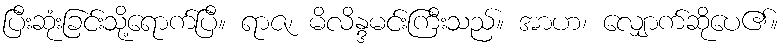
ပြီးဆုံးခြင်းသို့ရောက်ပြီ။ ရာဇ၊ မိလိန္ဒမင်းကြီးသည်။ အာဟ၊ လျှောက်ဆိုပေ၏။